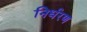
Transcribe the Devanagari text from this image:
निर्धरण